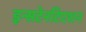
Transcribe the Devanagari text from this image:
इन्सटेनटिएशन